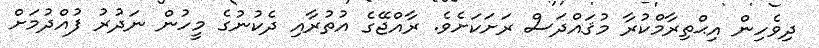
ދިވެހިން އިޙްތިރާމްކުރާ މުޤައްދަސް ރަށަކަށެވެ. ރާއްޖޭގެ އުތުރާއި ދެކުނުގެ މީހުން ނަދުރު ފުއްދުމަށް